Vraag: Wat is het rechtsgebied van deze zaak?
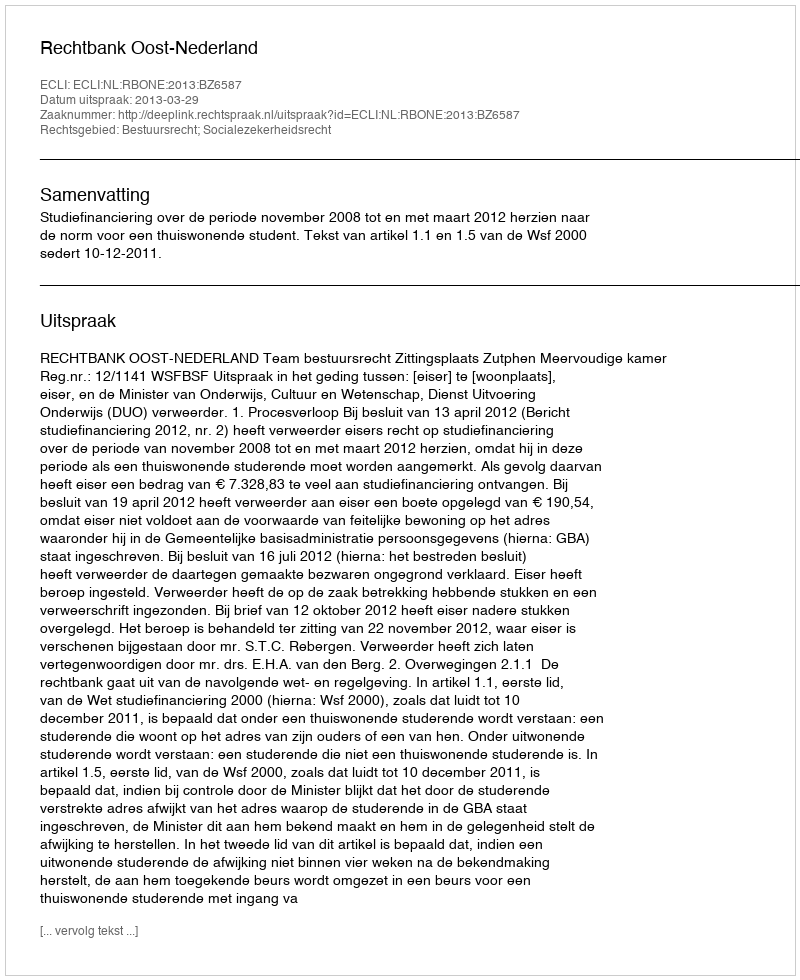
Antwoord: Bestuursrecht; Socialezekerheidsrecht